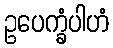
ဥပေက္ခံပါဟံ